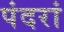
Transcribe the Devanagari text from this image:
पंदरां